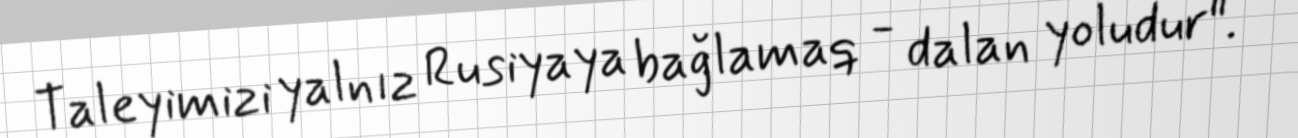
Taleyimizi yalnız Rusiyaya bağlamaq - dalan yoludur".